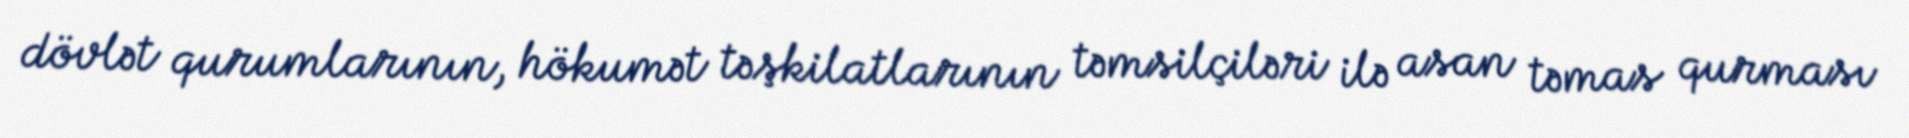
dövlət qurumlarının, hökumət təşkilatlarının təmsilçiləri ilə asan təmas qurması